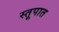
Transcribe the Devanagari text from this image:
स्तूपात